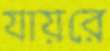
যায়রে